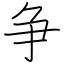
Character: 争